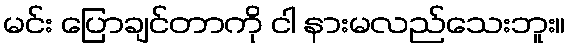
မင်း ပြောချင်တာကို ငါ နားမလည်သေးဘူး။